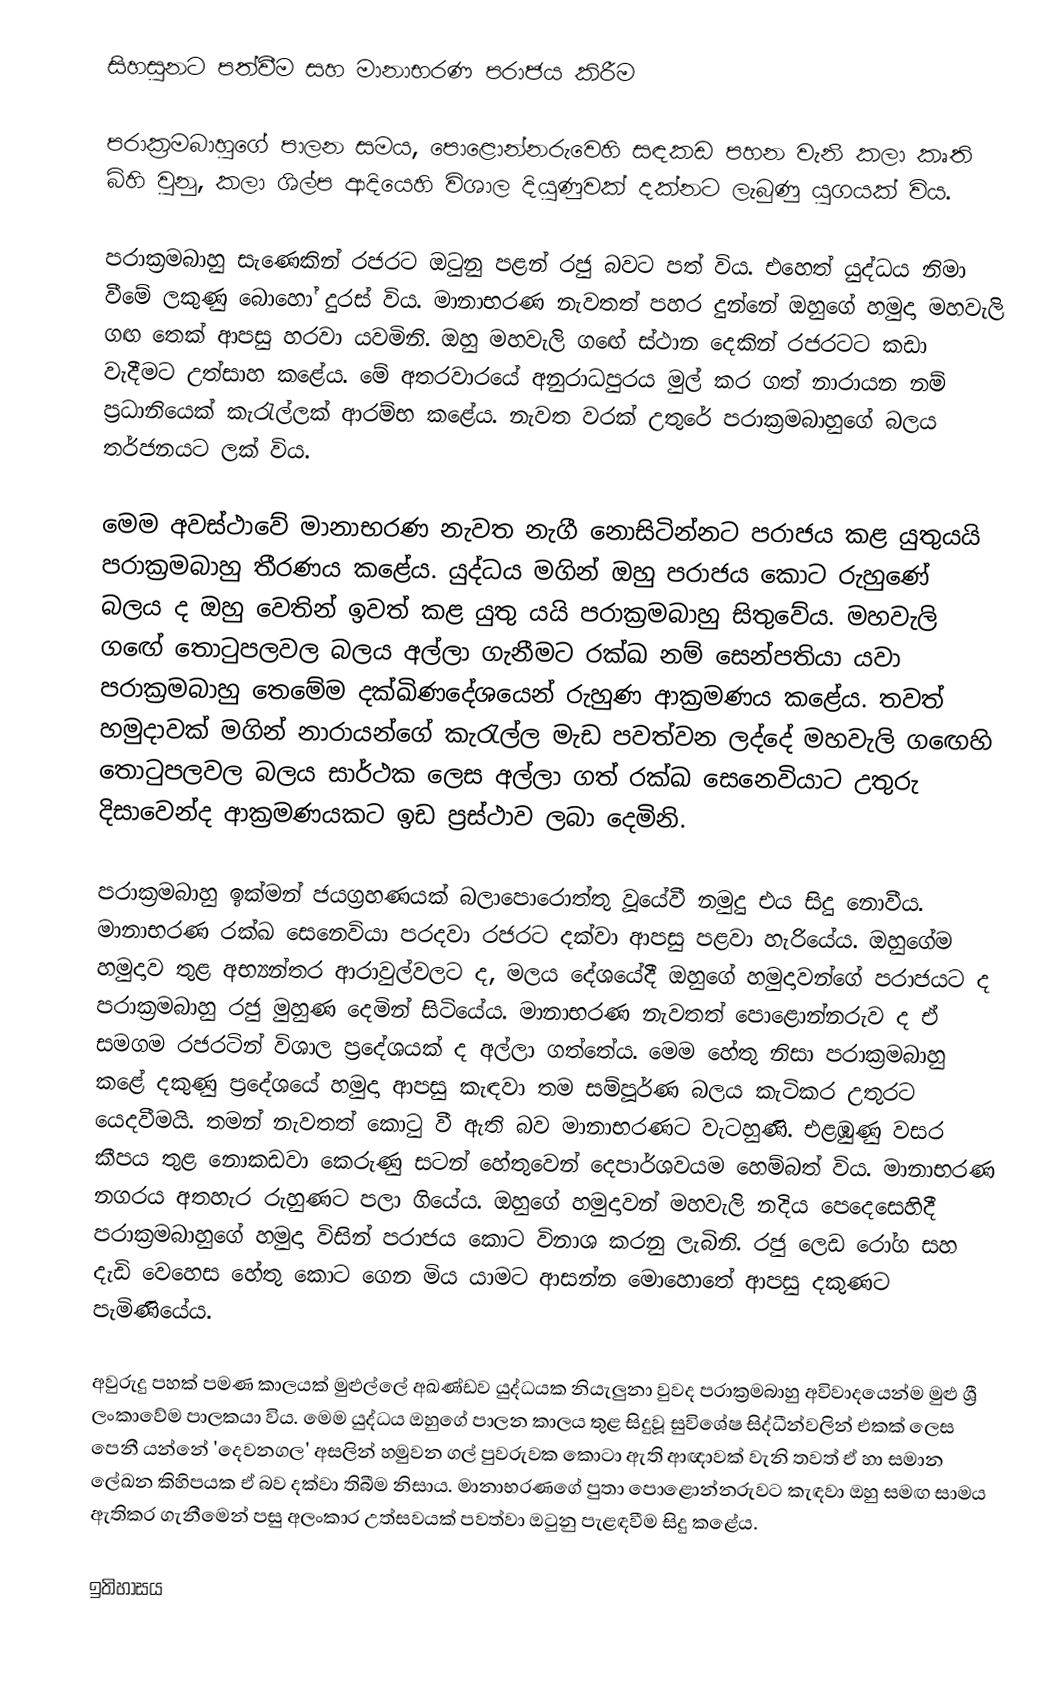
සිහසුනට පත්වීම සහ මානාභරණ පරාජය කිරීම

පරාක්‍රමබාහුගේ පාලන සමය, පොළොන්නරුවෙහි සඳකඩ පහන වැනි කලා කෘති බිහි වුනු, කලා ශිල්ප ආදියෙහි විශාල දියුණුවක් දක්නට ලැබුණු යුගයක් විය.

පරාක්‍රමබාහු සැණෙකින් රජරට ඔටුනු පළන් රජු බවට පත් විය. එහෙත් යුද්ධය නිමා වීමේ ලකුණු බොහෝ දුරස් විය. මානාභරණ නැවතත් පහර දුන්නේ ඔහුගේ හමුදා මහවැලි ගඟ තෙක් ආපසු හරවා යවමිනි. ඔහු මහවැලි ග‍ඟේ ස්ථාන දෙකින් රජරටට කඩා වැදීමට උත්සාහ කළේය. මේ අතරවාරයේ අනුරාධපුරය මුල් කර ගත් නාරායන නම් ප්‍රධානියෙක් කැරැල්ලක් ආරම්භ කළේය. නැවත වරක් උතුරේ පරාක්‍රමබාහුගේ බලය තර්ජනයට ලක් විය.

මෙම අවස්ථාවේ මානාභරණ නැවත නැගී නොසිටින්නට පරාජය කළ යුතුයයි පරාක්‍රමබාහු තීරණය කළේය. යුද්ධය මගින් ඔහු පරාජය කොට රුහුණේ බලය ද ඔහු වෙතින් ඉවත් කළ යුතු යයි පරාක්‍රමබාහු සිතුවේය. මහවැලි ග‍ඟේ තොටුපලවල බලය අල්ලා ගැනීමට රක්ඛ නම් සෙන්පතියා යවා පරාක්‍රමබාහු තෙමේම දක්ඛිණදේශයෙන් රුහුණ ආක්‍රමණය කළේය. තවත් හමුදාවක් මගින් නාරායන්ගේ කැරැල්ල මැඩ පවත්වන ලද්දේ මහවැලි ග‍ඟෙහි තොටුපලවල බලය සාර්ථක ලෙස අල්ලා ගත් රක්ඛ සෙනෙවියාට උතුරු දිසාවෙන්ද ආක්‍රමණයකට ඉඩ ප්‍රස්ථාව ලබා දෙමිනි.

පරාක්‍රමබාහු ඉක්මන් ජයග්‍රහණයක් බලාපොරොත්තු වූයේවී නමුදු එය සිදු නොවීය. මානාභරණ රක්ඛ සෙනෙවියා පරදවා රජරට දක්වා ආපසු පළවා හැරියේය. ඔහුගේම හමුදාව තුළ අභ්‍යන්ත‍ර ආරාවුල්වලට ද, මලය දේශයේදී ඔහුගේ හමුදාවන්ගේ පරාජයට ද පරාක්‍රමබාහු රජු මුහුණ දෙමින් සිටියේය. මානාභරණ නැවතත් පෙ‍ාළොන්නරුව ද ඒ සමගම රජරටින් විශාල ප්‍රදේශයක් ද අල්ලා ගත්තේය. මෙම හේතු නිසා පරාක්‍රමබාහු කළේ දකුණු ප්‍රදේශයේ හමුදා ආපසු කැඳවා තම සම්පූර්ණ බලය කැටිකර උතුරට යෙදවීමයි. තමන් නැවතත් කොටු වී ඇති බව මානාභරණට වැටහුණි. එළඹුණු වසර කීපය තුළ නොකඩවා කෙරුණු සටන් හේතුවෙන් දෙපාර්ශවයම හෙම්බත් විය. මානාභරණ නගරය අතහැර රුහුණට පලා ගියේය. ඔහුගේ හමුදාවන් මහවැලි නදිය පෙදෙසෙහිදී පරාක්‍රමබාහුගේ හමුදා විසින් පරාජය කොට විනාශ කරනු ලැබිනි. රජු ලෙඩ රෝග සහ දැඩි වෙහෙස හේතු කොට ගෙන මිය යාමට ආසන්න මොහොතේ ආපසු දකුණට පැමිණියේය.

අවුරුදු පහක් පමණ කාලයක් මුළුල්ලේ අඛණ්ඩව යුද්ධයක නියැලුනා වුවද පරාක්‍රමබාහු අවිවාදයෙන්ම මුළු ශ්‍රී ලංකාවේම පාලකයා විය.  මෙම යුද්ධය ඔහුගේ පාලන කාලය තුළ සිදුවූ සුවිශේෂ සිද්ධීන්වලින් එකක් ලෙස පෙනී යන්නේ  'දෙවනගල' අසලින් හමුවන ගල් පුවරුවක කොටා ඇති ආඥාවක් වැනි තවත් ඒ හා සමාන ලේඛන කිහිපයක ඒ බව දක්වා තිබීම නිසාය.  මානාභරණගේ පුතා පොළොන්නරුවට කැඳවා ඔහු සමඟ සාමය ඇතිකර ගැනීමෙන් පසු අලංකාර උත්සවයක් පවත්වා ඔටුනු පැළඳවීම සිදු කළේය.

 ඉතිහාසය